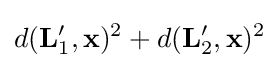
d(\mathbf {L} '_{1},\mathbf {x} )^{2}+d(\mathbf {L} '_{2},\mathbf {x} )^{2}